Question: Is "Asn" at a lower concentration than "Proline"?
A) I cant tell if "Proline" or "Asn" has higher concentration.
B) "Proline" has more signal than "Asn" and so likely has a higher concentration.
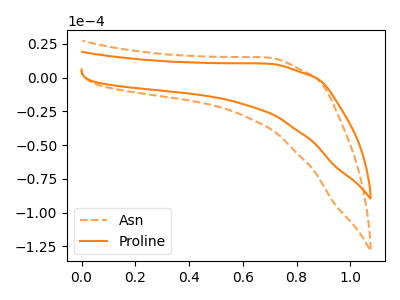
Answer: <think>The orange dashed curve "Asn" has no peaks. The orange curve "Proline" has no peaks.
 Neither "Proline" or "Asn" have any peaks.</think>
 <answer>A) I cant tell if "Proline" or "Asn" has higher concentration.</answer>
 <eval>A</eval>